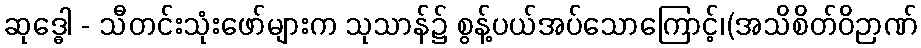
ဆုဒ္ဓေါ - သီတင်းသုံးဖော်များက သုသာန်၌ စွန့်ပယ်အပ်သောကြောင့်၊(အသိစိတ်ဝိဉာဏ်